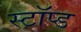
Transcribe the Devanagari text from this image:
स्टॉप्ड